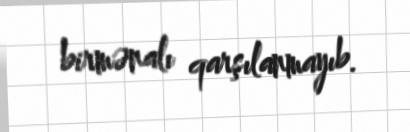
birmənalı qarşılanmayıb.